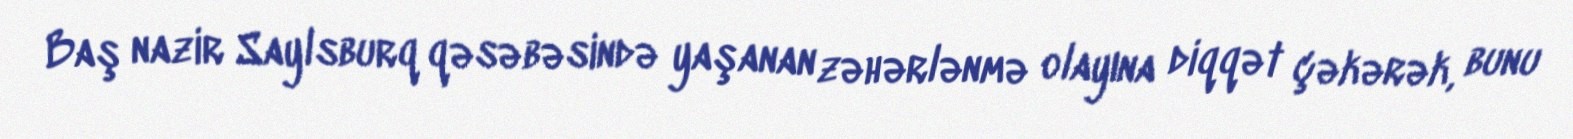
Baş nazir Saylsburq qəsəbəsində yaşanan zəhərlənmə olayına diqqət çəkərək, bunu